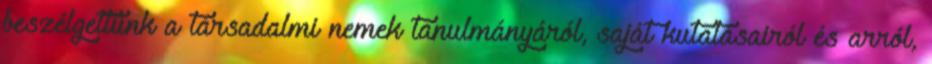
beszélgettünk a társadalmi nemek tanulmányáról, saját kutatásairól és arról,